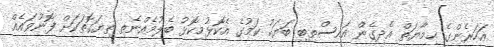
އަހަރެންގެ ޙިމާޔަތް އެދިގެން އައިސްތިބި ބަޔަކު ކަމުގެ އެކޮޅުމިކޮޅު ބެލުމެއްނެތި ތިޔަގޮތަކަށް ފޮނުވައެއް